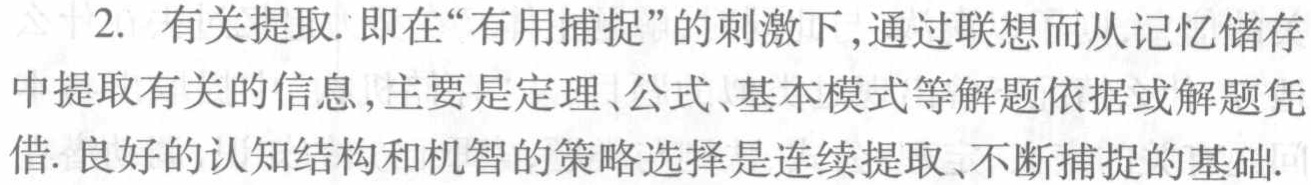
2. 有关提取. 即在“有用捕捉”的刺激下,通过联想而从记忆储存中提取有关的信息,主要是定理、公式、基本模式等解题依据或解题凭借. 良好的认知结构和机智的策略选择是连续提取、不断捕捉的基础.